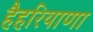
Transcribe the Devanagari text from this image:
हैहरियाणा